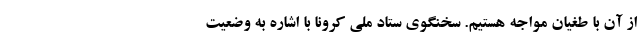
از آن با طغیان مواجه هستیم. سخنگوی ستاد ملی کرونا با اشاره به وضعیت